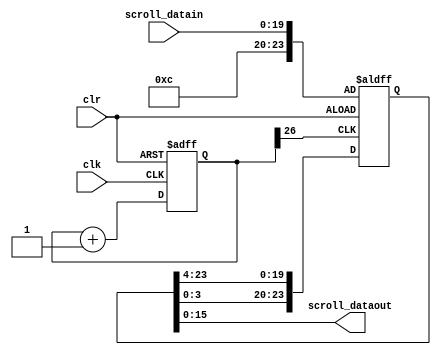
module seg_scroll(
    input clk,
    input clr,
	input [19:0] scroll_datain,
    output [15:0] scroll_dataout
    );


reg [26:0] q;
reg [23:0] msg_array;

always @(posedge clk_3 or posedge clr) 

begin
 
if(clr==1)
		begin 
		msg_array [19:0] <= scroll_datain[19:0];
		msg_array [23:20] <= 'hC;
		end
else 
		begin
		msg_array [19:0] <= msg_array[23:4];
		msg_array [23:20] <= msg_array[3:0];
		end
end

assign scroll_dataout[15:0] = msg_array[15:0];

// 3 Hz scroll clk generator 

always @(posedge clk or posedge clr)
begin
if(clr==1)
q<=0;
else 
q<=q+1;
end
assign clk_3 = q[26];



endmodule